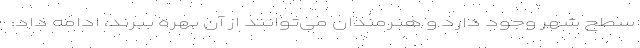
سطح شهر وجود دارد و هنرمندان می‌توانند از آن بهره ببرند، ادامه داد: